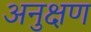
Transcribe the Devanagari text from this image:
अनुक्षण